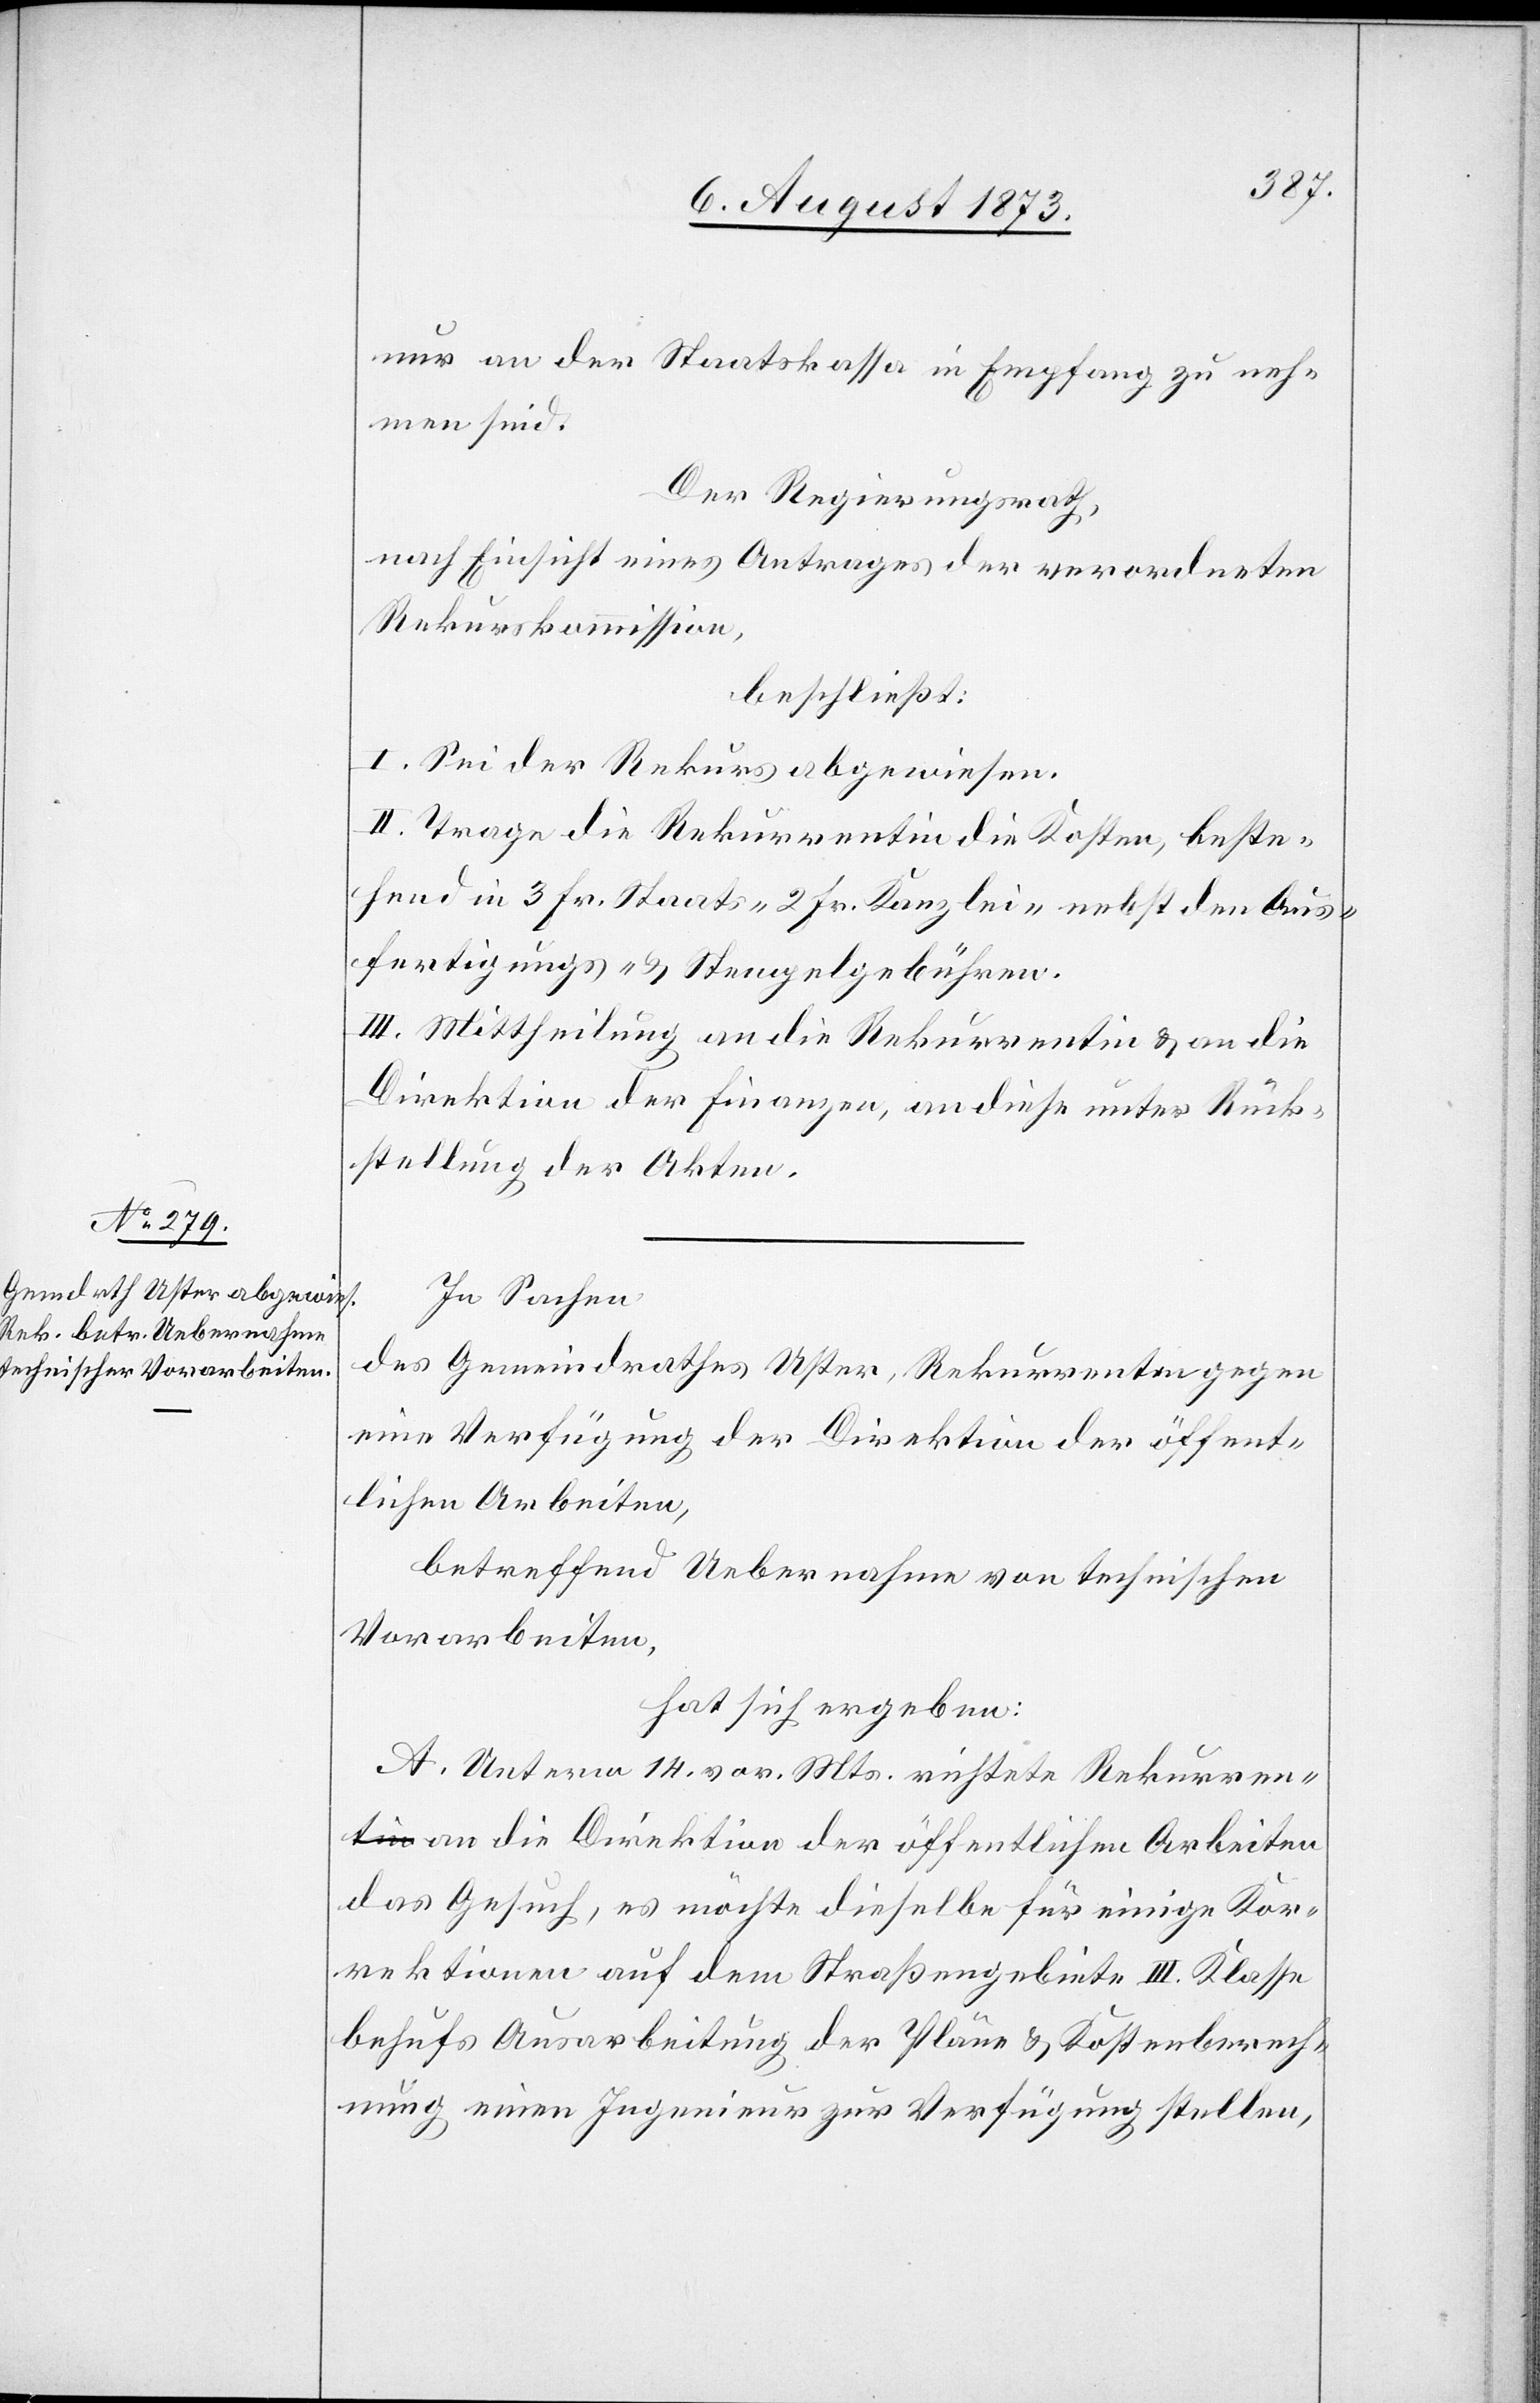
nur an der Staatskassa in Empfang zu neh¬
men sind.
Der Regierungsrath,
nach Einsicht eines Antrages der verordneten
Rekurskommission,
beschließt:
I. Sei der Rekurs abgewiesen.
II. Trage die Rekurrentin die Kosten, beste¬
hend in 3 Fr. Staats- 2 Fr. Kanzlei- nebst den Aus¬
fertigungs- & Stempelgebühren.
III. Mittheilung an die Rekurrentin & an die
Direktion der Finanzen, an diese unter Rück¬
stellung der Akten.
In Sachen
des Gemeindrathes Uster, Rekurrenten gegen
eine Verfügung der Direktion der öffent¬
lichen Arbeiten,
betreffend Uebernahme von technischen
Vorarbeiten,
hat sich ergeben.
A. Unterm 14. vor. Mts. richtete Rekurren¬
t an die Direktion der öffentlichen Arbeiten
das Gesuch, es möchte dieselbe für einige Kor¬
rektionen auf dem Straßengebiete III. Klasse
behufs Ausarbeitung der Pläne & Kostenberech¬
nung einen Ingenieur zur Verfügung stellen,